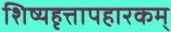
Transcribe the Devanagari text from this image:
शिष्यहृत्तापहारकम्